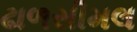
ઢાળસીમલ